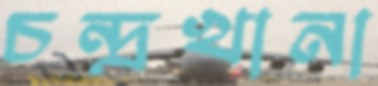
চন্দ্রখানা